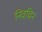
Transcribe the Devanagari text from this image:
निवचिन